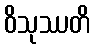
ဝိသုဿတိ